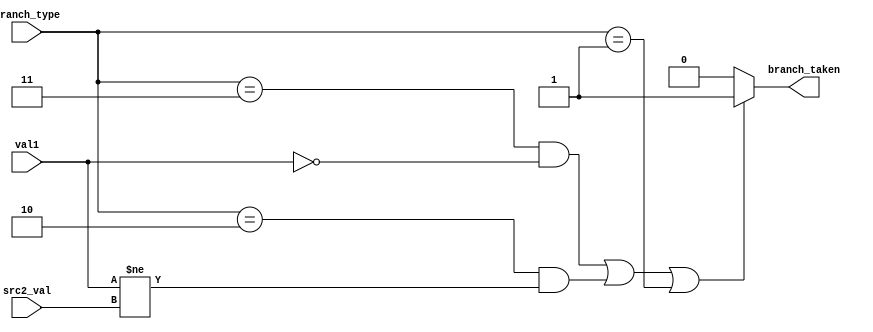
module Condition_check(
    input [31:0] val1, src2_val,
    input [1:0] branch_type,
    output branch_taken
);

    assign branch_taken = ( (branch_type == 3 && val1 == 0) || 
                            (branch_type == 2 && val1 != src2_val) || 
                             branch_type == 1
                          ) ? 1 : 0; 


endmodule